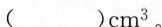
()cm^{3}。